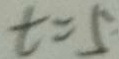
t = 5